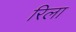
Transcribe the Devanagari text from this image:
रिला